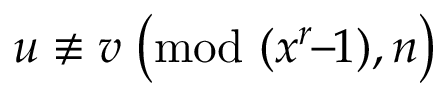
u \not \equiv v \; { \bigl ( } { \mathrm { m o d ~ } } ( x ^ { r } \! \! - \! \! 1 ) , n { \bigr ) }